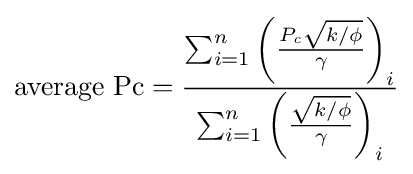
{\text{average Pc}}={\frac {\sum _{i=1}^{n}\left({\frac {P_{\mathit {c}}{\sqrt {k/\phi }}}{\gamma }}\right)_{i}}{\sum _{i=1}^{n}\left({\frac {\sqrt {k/\phi }}{\gamma }}\right)_{i}}}